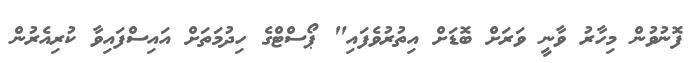
ފޮނުވުން މިހާރު ވާނީ ވަރަށް ބޮޑަށް އިތުރުވެފައި" ޕޯސްޓްގެ ހިދުމަތަށް އައިސްފައިވާ ކުރިއެރުން